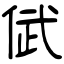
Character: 倵